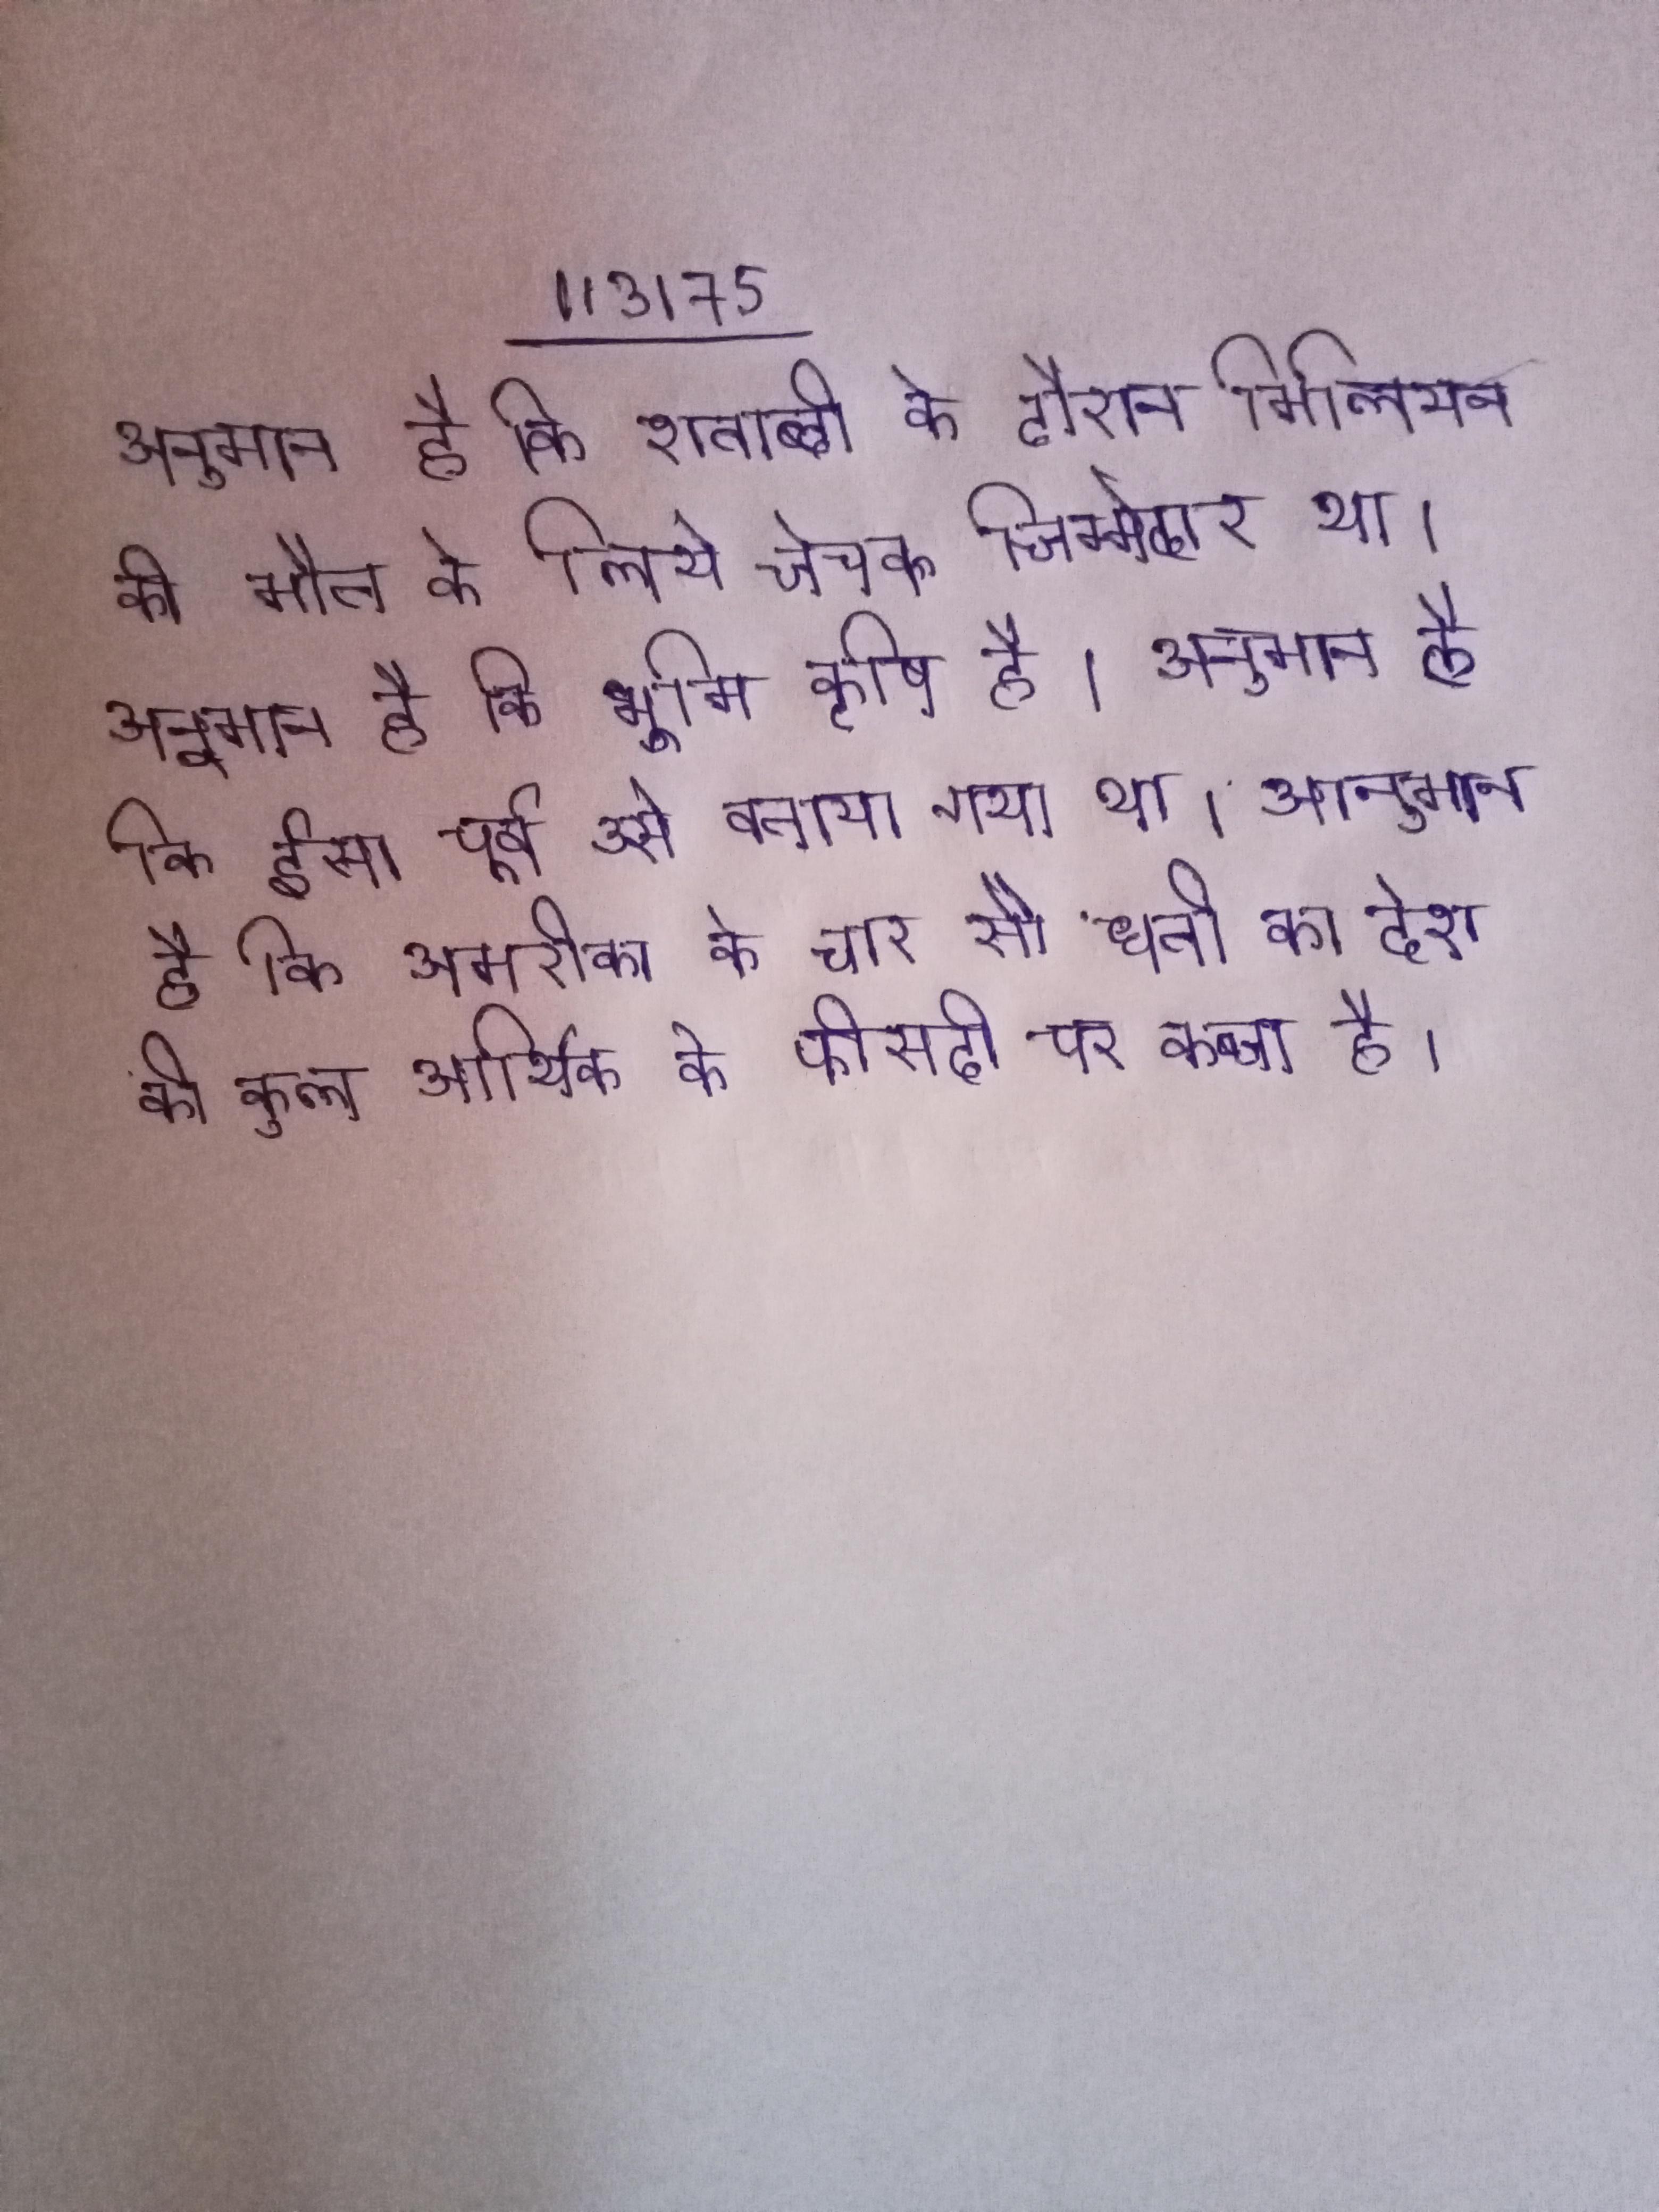
अनुमान है कि शताब्दी के दौरान मिलियन की मौत के लिए चेचक जिम्मेदार था । अनुमान है कि भूमि कृषि है । अनुमान है कि ईसा पूर्व उसे बनाया गया था । अनुमान है कि अमरीका के चार सौ धनी का देश की कुल आर्थिक के फीसदी पर कब्जा है ।